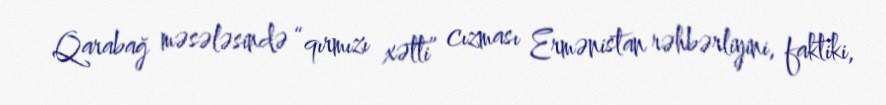
Qarabağ məsələsində “qırmızı xətti” cızması Ermənistan rəhbərliyini, faktiki,